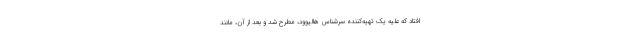
افتاد که علیه یک تهیه‌کننده سرشناس هالیوود، مطرح شد و بعد از آن، مانند